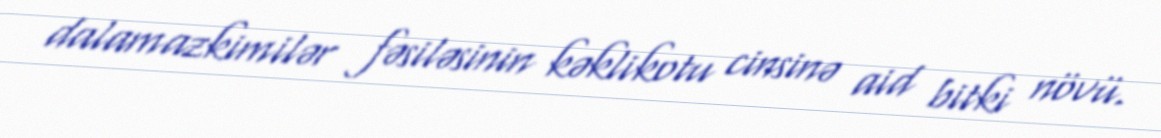
dalamazkimilər fəsiləsinin kəklikotu cinsinə aid bitki növü.